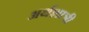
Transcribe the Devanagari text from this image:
अर्थशात्री